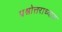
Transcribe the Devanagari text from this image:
प्रश्नोत्तराध्याय